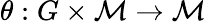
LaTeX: \theta:G\times\mathcal{M}\to\mathcal{M}